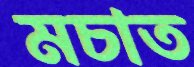
মচাত